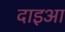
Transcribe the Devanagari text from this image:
दाइआ